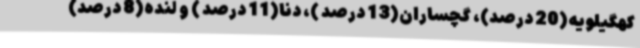
کهگیلویه(20 درصد)، گچساران(13 درصد )، دنا(11 درصد ) و لنده(8 درصد)